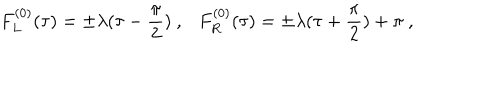
LaTeX: F _ { L } ^ { ( 0 ) } ( \tau ) = \pm \lambda ( \tau - \frac { \pi } { 2 } ) \ , F _ { R } ^ { ( 0 ) } ( \tau ) = \pm \lambda ( \tau + \frac { \pi } { 2 } ) + \pi \ ,